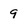
Character: 9